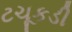
ટચૂકડી